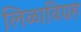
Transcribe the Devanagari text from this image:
लिळाविग्रह